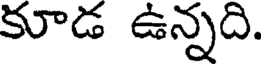
కూడ ఉన్నది.